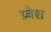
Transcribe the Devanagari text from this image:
प्र्वेश